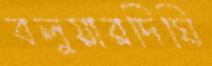
বলুয়ারদিঘি